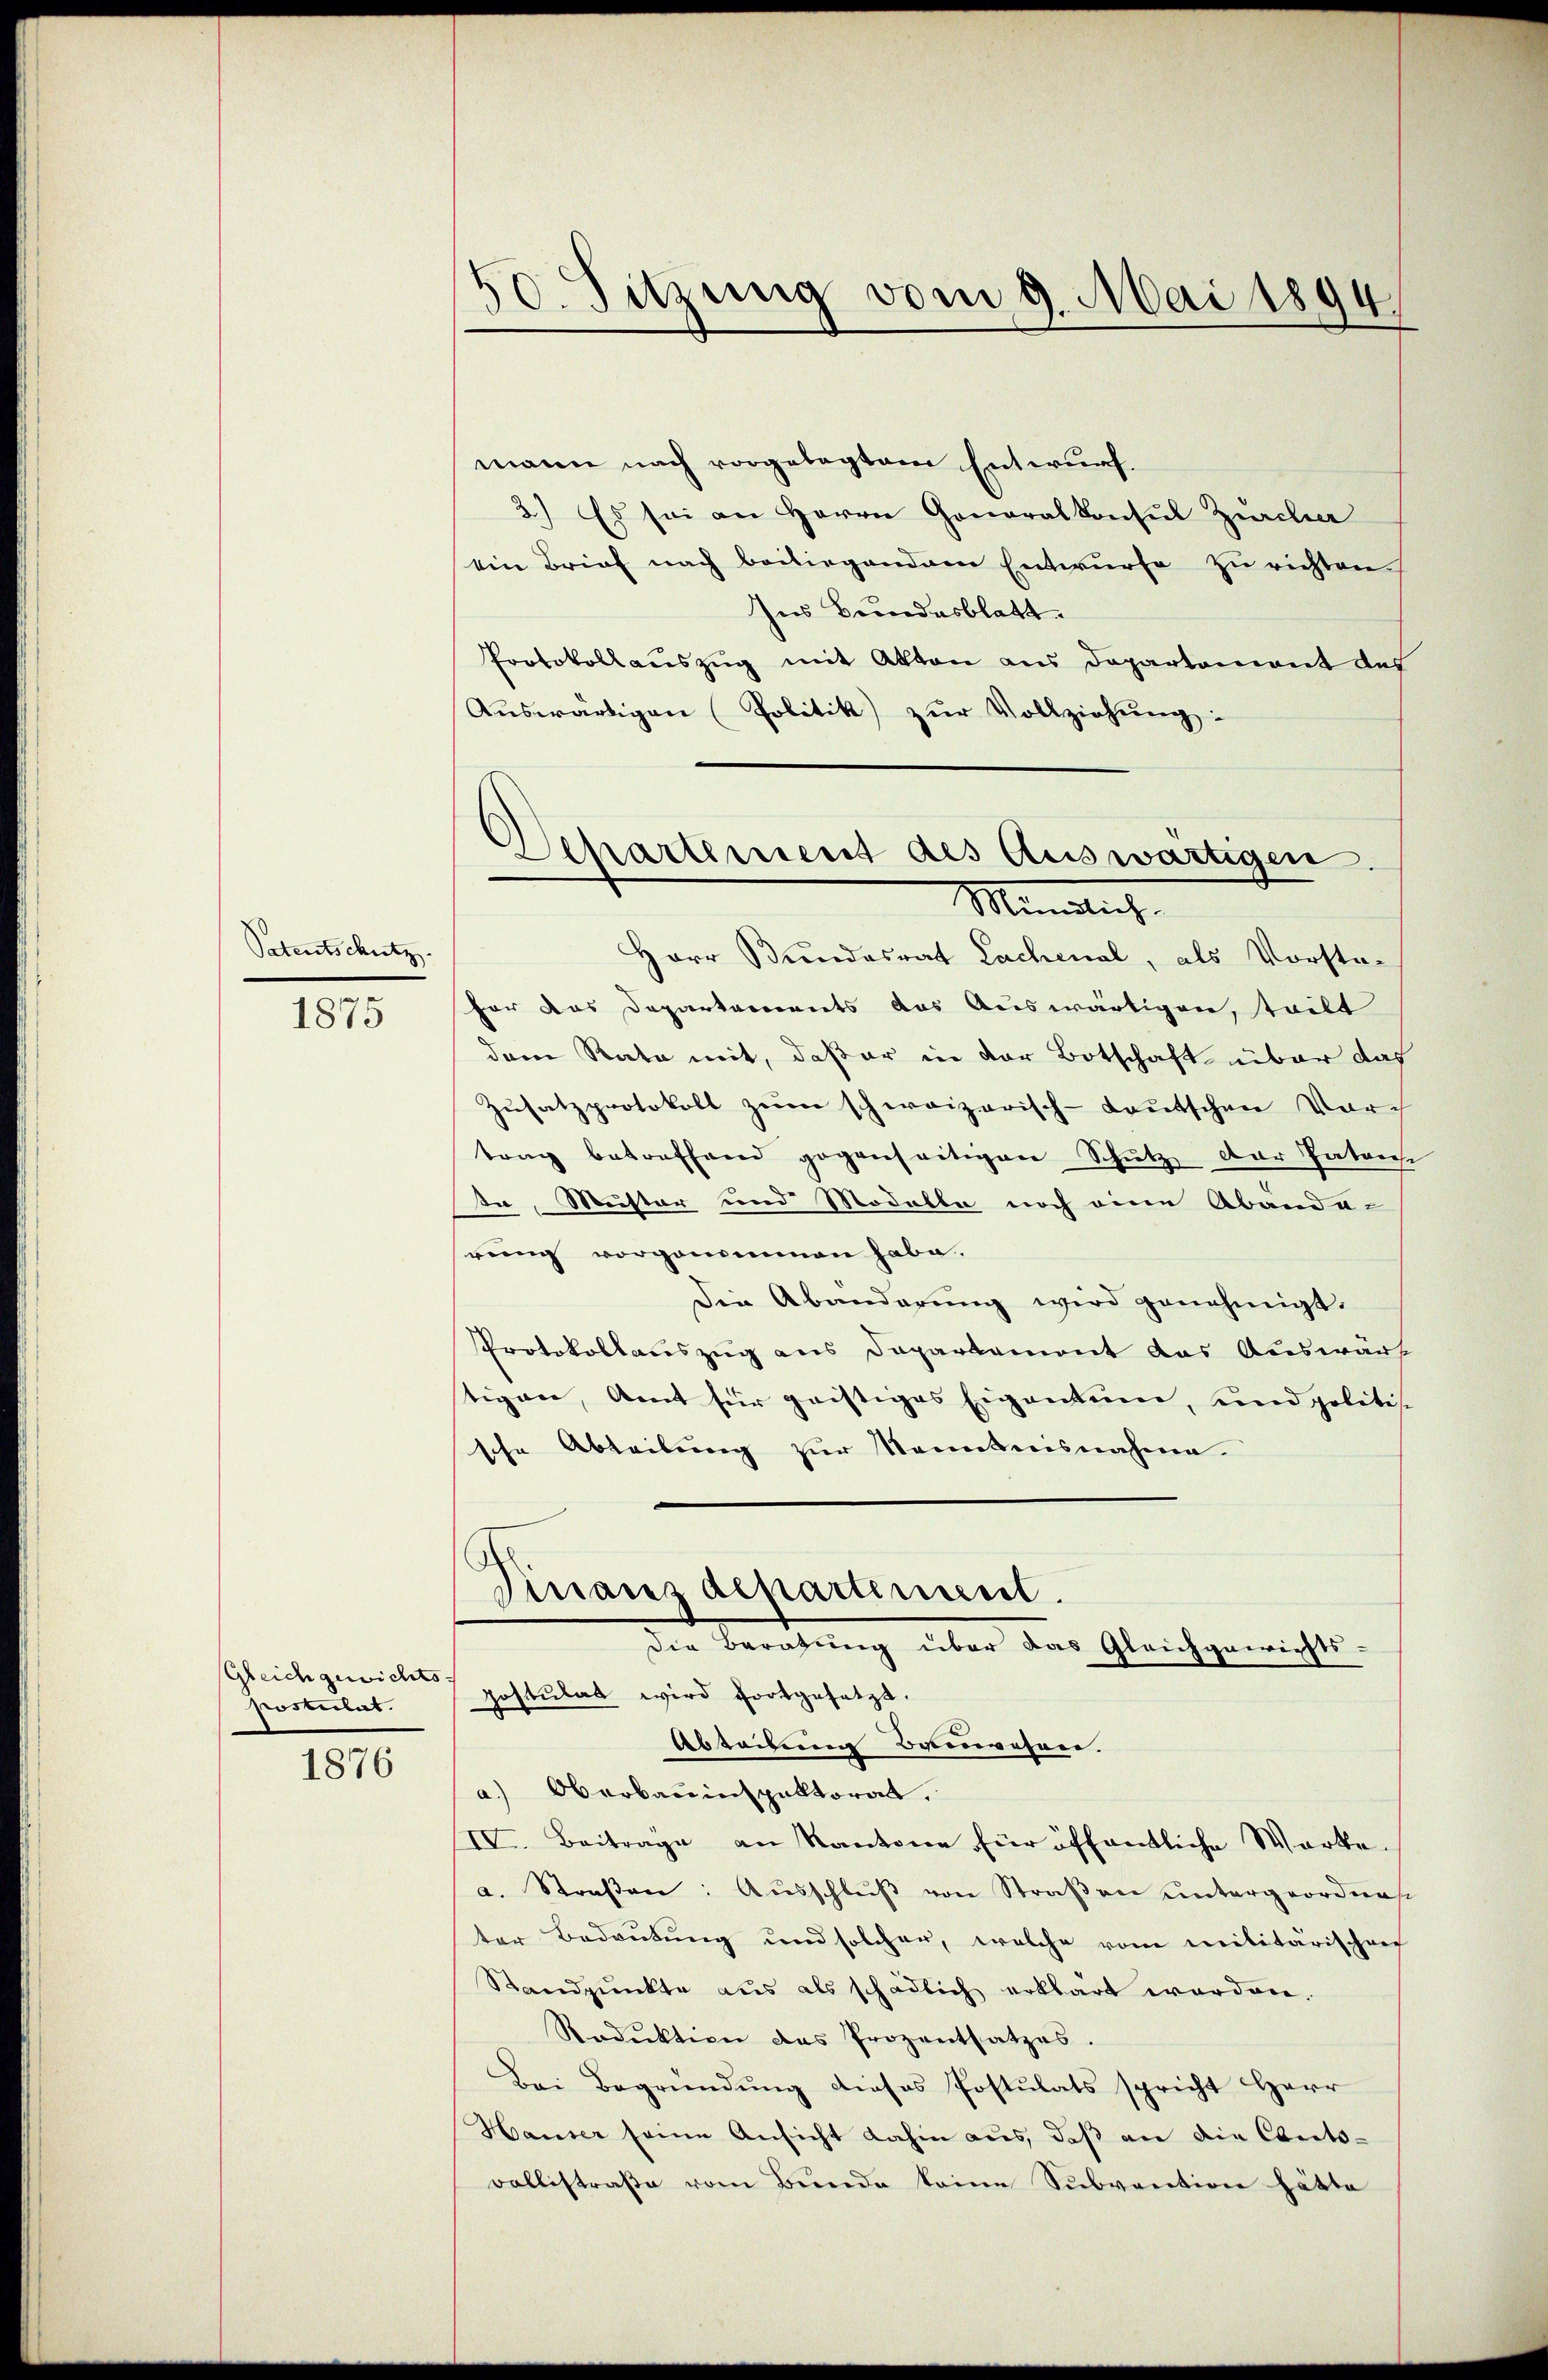
Patentschutz.

1875

Gleich gewichts
postulat.

1876

mann nach vorgelegtem Entwurf.
2) Es sei an Herrn Goneralkonsul Zürcher
ein Brief nach beiliegendem Entwurfe zu richten.
Ins Bundesblatt.
Protokollauszug mit Akten aus Departement des
Aŭswärtigen Politik zŭr Vollziehŭng:

50. Sitzung vom 9. Mai 1894

Departement des Auswärtigen.
Minlich

Herr Bundesrat Lachenal, als Vorstafar das Departements das Auswärtigen, teilt
dem Rata mit, daß er in der Botschaft über das
Zusatzprotokoll zum schweizerisch-Kautschen Vortrag betreffend gegenseitigen Schŭtz der Paterse
ta, Muster und Modalbe noch eine Abanda-
rung vorgangenmen habe.
Die Abänderung wird genehmigt.
Protokollauszug aus Departement das Auswart
stigen, Amt für geistiges Eigentum, und politis
sche Abteilung zur Kenntnisnahme

Dinaus departement.
den Beratung über das Gleichgewichts-
postulat wird fortgesetzt.
Abteilung Bauwesen.
a.) Oberbauinspektorat.

IV. Beitrage an Kantone für öffentliche Warte.
a. Straβen: Aŭsschlŭβ von Straβen ŭntergeordnet
ter Bedeutung und solcher, welche vom Militärischrec
Standpunkte aus als schädlich erklärt worden.
Reduktion des Prozentsatzes.
Bei Begründung dieses Postulats spricht Herr
Hauser seine Ansicht dahin aus, daß an die Conto-
Ballistraβe vom Bŭnde keine Sŭbvention hätte